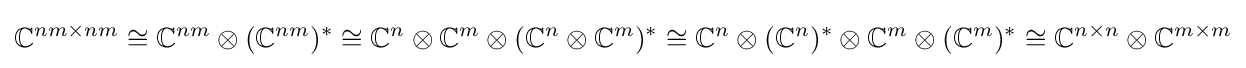
\mathbb {C} ^{nm\times nm}\cong \mathbb {C} ^{nm}\otimes (\mathbb {C} ^{nm})^{*}\cong \mathbb {C} ^{n}\otimes \mathbb {C} ^{m}\otimes (\mathbb {C} ^{n}\otimes \mathbb {C} ^{m})^{*}\cong \mathbb {C} ^{n}\otimes (\mathbb {C} ^{n})^{*}\otimes \mathbb {C} ^{m}\otimes (\mathbb {C} ^{m})^{*}\cong \mathbb {C} ^{n\times n}\otimes \mathbb {C} ^{m\times m}